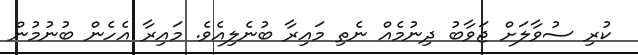
ކުރި ސުވާލަށް ޖަވާބު ދިނުމެއް ނެތި މައިރާ ބުނެލިއެވެ. މައިރާ އެހެން ބުނުމުން